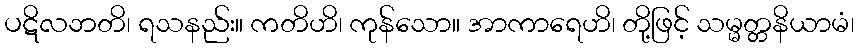
ပဋိလဘတိ၊ ရသနည်း။ ကတိဟိ၊ ကုန်သော။ အာကာရေဟိ၊ တို့ဖြင့် သမ္မတ္တနိယာမံ၊